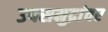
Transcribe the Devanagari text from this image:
उपसमुद्रांवर